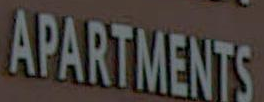
APARTMENTS